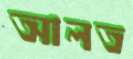
আলত